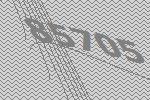
85705